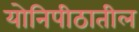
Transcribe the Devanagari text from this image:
योनिपीठातील